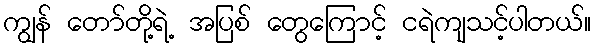
ကျွန် တော်တို့ရဲ့ အပြစ် တွေကြောင့် ငရဲကျသင့်ပါတယ်။